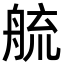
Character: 艈